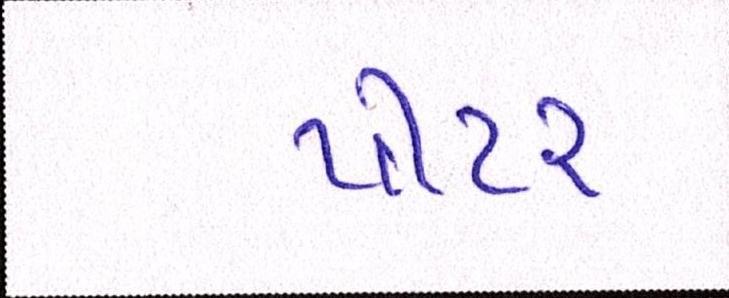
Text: પીટર